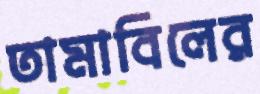
তামাবিলের